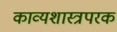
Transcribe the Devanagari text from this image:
काव्यशास्त्रपरक